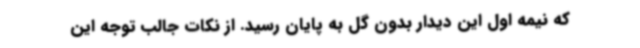
که نیمه اول این دیدار بدون گل به پایان رسید. از نکات جالب توجه این